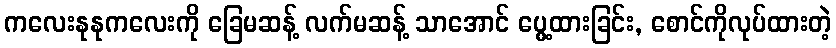
ကလေးနုနုကလေးကို ခြေမဆန့် လက်မဆန့် သာအောင် ပွေ့ထားခြင်း, စောင်ကိုလုပ်ထားတဲ့